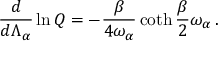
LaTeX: { \frac { d } { d \Lambda _ { \alpha } } } \ln Q = - { \frac { \beta } { 4 \omega _ { \alpha } } } \coth { \frac { \beta } { 2 } } \omega _ { \alpha } \, .